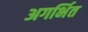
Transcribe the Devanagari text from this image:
अगर्भित